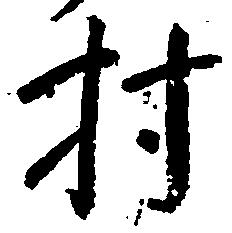
村